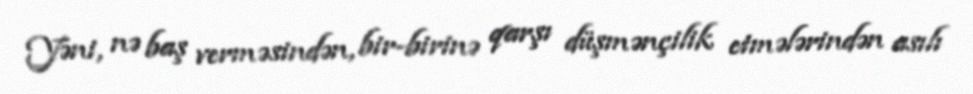
Yəni, nə baş verməsindən, bir-birinə qarşı düşmənçilik etmələrindən asılı